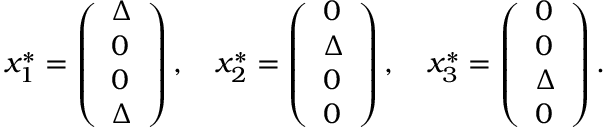
\begin{array} { r } { x _ { 1 } ^ { * } = \left( \begin{array} { l } { \Delta } \\ { 0 } \\ { 0 } \\ { \Delta } \end{array} \right) , \quad x _ { 2 } ^ { * } = \left( \begin{array} { l } { 0 } \\ { \Delta } \\ { 0 } \\ { 0 } \end{array} \right) , \quad x _ { 3 } ^ { * } = \left( \begin{array} { l } { 0 } \\ { 0 } \\ { \Delta } \\ { 0 } \end{array} \right) . } \end{array}